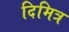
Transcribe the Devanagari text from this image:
दिमित्र